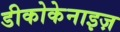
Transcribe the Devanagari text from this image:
डीकोकेनाइज़